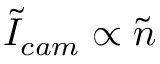
\tilde { I } _ { c a m } \propto \tilde { n }